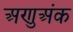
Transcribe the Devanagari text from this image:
अणुअंक